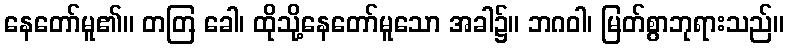
နေတော်မူ၏။ တတြ ခေါ၊ ထိုသို့နေတော်မူသော အခါ၌။ ဘဂဝါ၊ မြတ်စွာဘုရားသည်။